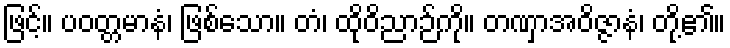
ဖြင့်။ ပဝတ္တမာနံ၊ ဖြစ်သော။ တံ၊ ထိုဝိညာဉ်ကို။ တဏှာအဝိဇ္ဇာနံ၊ တို့၏။